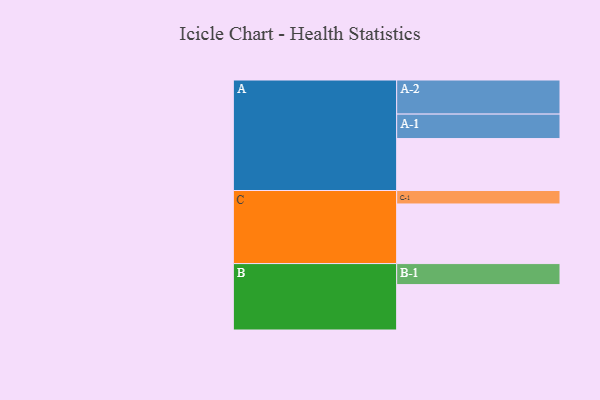
{"axis": {"x": "Segment", "y": "Value"}, "legend": ["", "A", "B", "C"], "data": [{"x": "A", "y": 405, "type": ""}, {"x": "B", "y": 354, "type": ""}, {"x": "C", "y": 465, "type": ""}, {"x": "A-1", "y": 191, "type": "A"}, {"x": "A-2", "y": 266, "type": "A"}, {"x": "B-1", "y": 164, "type": "B"}, {"x": "C-1", "y": 105, "type": "C"}]}